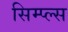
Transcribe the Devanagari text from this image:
सिम्प्ल्स